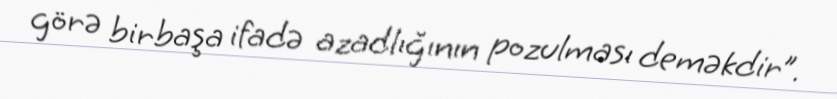
görə birbaşa ifadə azadlığının pozulması deməkdir”.